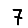
Digit: 7